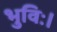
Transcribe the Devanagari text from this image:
भुविः।